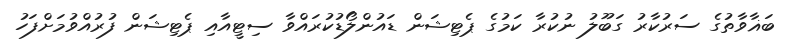
ބަޣާވާތުގެ ސަރުކާރު ގަބޫލު ނުކުރާ ކަމުގެ ޕެޓިޝަން ޑައުންލޯޑުކުރައްވާ ސިޓީއާއި ޕެޓިޝަން ފުރުއްވުމަށްފަހު